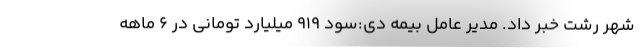
شهر رشت خبر داد. مدیر عامل بیمه دی:سود 919 میلیارد تومانی در 6 ماهه